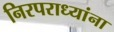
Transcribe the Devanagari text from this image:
निरपराध्यांना